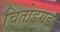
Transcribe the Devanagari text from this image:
चितोडगड